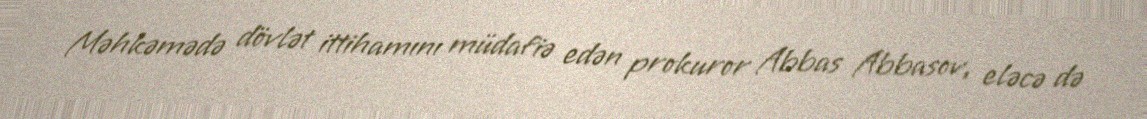
Məhkəmədə dövlət ittihamını müdafiə edən prokuror Abbas Abbasov, eləcə də